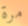
مرة